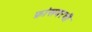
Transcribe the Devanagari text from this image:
फ्रांसवरची